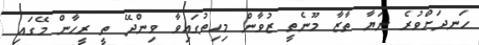
ހަނދަށްވުރެ ނަޔާ ތާޒާ މޫނެތީ ޒުވާން މިހިތުގައިވާ ވިންދޭ ތީ ރީހާން މޭގައި